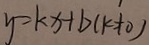
y = k x + b ( k \neq 0 )